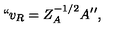
{ \mathrm { \mathrm { ` ` } } } v _ { R } = Z _ { A } ^ { - 1 / 2 } A { \mathrm { \mathrm { ' ' } } } ,